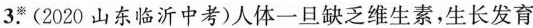
3.(2020山东临沂中考)人体一旦缺乏维生素，生长发育